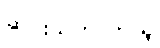
ဆင်းသက်လာသူ